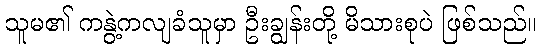
သူမ၏ ကနွဲ့ကလျခံသူမှာ ဦးချွန်းတို့ မိသားစုပဲ ဖြစ်သည်။